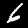
Label: 6